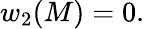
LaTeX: w_{2}(M)=0.